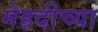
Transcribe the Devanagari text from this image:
मेहदीच्या